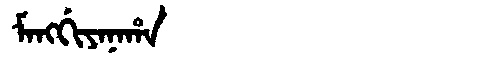
Manchu: ᠮᠠᠩᡤᡳᠶᠠᠨᠠᡥᠠ
Romanization: MANGGIYANAHA